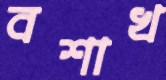
বশাখ